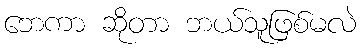
ဘေကာ ဆိုတာ ဘယ်သူဖြစ်မလဲ